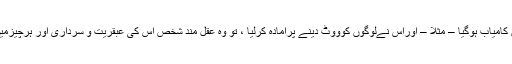
یا یہ کہا جاۓ کہ ایک شخص انفرادی طورپرہی انتخابات میں کامیاب ہوگیا – مثلا – اوراس نےلوگوں کوووٹ دینے پرامادہ کرلیا ، تو وہ عقل مند شخص اس کی عبقریت و سرداری اور ہرچيزمیں فائق اوراس کے ذہین اور عقل مند ہونے کی گواہی دے گا ۔